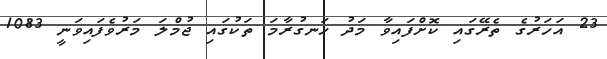
23 އަހަރުގެ ތެރޭގައި ކޮށްފައިވާ މަދު ހަނގުރާމަ ތަކުގައި ޖުމްލަ މަރުވެފައިވަނީ 1083